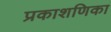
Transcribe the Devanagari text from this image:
प्रकाशणिका